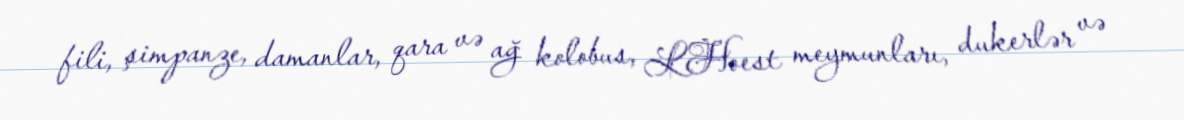
fili, şimpanze, damanlar, qara və ağ kolobus, LHoest meymunları, dukerlər və